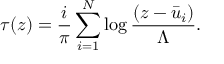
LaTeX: \tau ( z ) = \frac { i } { \pi } \sum _ { i = 1 } ^ { N } \log \frac { ( z - \bar { u } _ { i } ) } { \Lambda } .